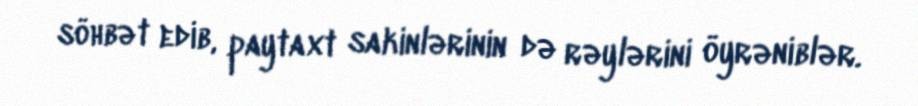
söhbət edib, paytaxt sakinlərinin də rəylərini öyrəniblər.